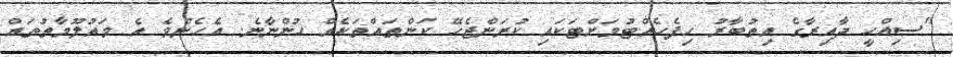
"ސިއްހީ ދާއިރާގެ އިތުބާރު ހިފެހެއްޓުމަށްޓަކައި ކުރަންޖެހޭ ކަންތައްތަކެއް ހުންނާނެ. އެހެންވެ އެ މައުލޫމާތުތައް